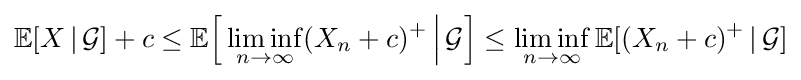
\mathbb {E} [X\,|\,{\mathcal {G}}]+c\leq \mathbb {E} {\Bigl [}\liminf _{n\to \infty }(X_{n}+c)^{+}\,{\Big |}\,{\mathcal {G}}{\Bigr ]}\leq \liminf _{n\to \infty }\mathbb {E} [(X_{n}+c)^{+}\,|\,{\mathcal {G}}]